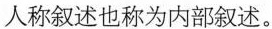
人称叙述也称为内部叙述。